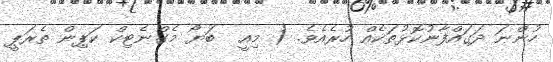
ހުންނަ ދަގައްފާނުކޮޅުތަކެއް ހުރެއެވެ. ( މިއީ  ބަޔޯ މެގްނެޓިކް ކަޕިން ތެރަޕީ